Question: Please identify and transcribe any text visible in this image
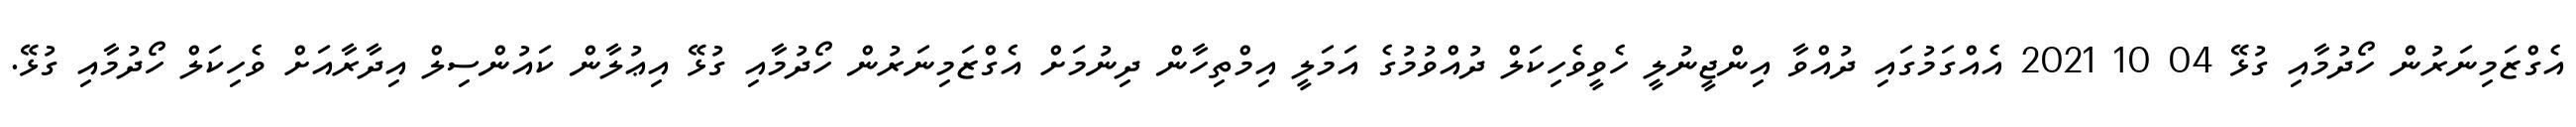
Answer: އެގްޒަމިނަރުން ހޯދުމާއި ގުޅޭ 04 10 2021 އެއްގަމުގައި ދުއްވާ އިންޖީނުލީ ހެވީވެހިކަލް ދުއްވުމުގެ އަމަލީ އިމްތިހާން ދިނުމަށް އެގްޒަމިނަރުން ހޯދުމާއި ގުޅޭ އިޢުލާން ކައުންސިލް އިދާރާއަށް ވެހިކަލް ހޯދުމާއި ގުޅޭ.